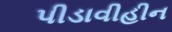
પીડાવીહીન